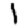
Digit: 1